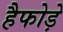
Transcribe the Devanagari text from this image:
हैफोड़े